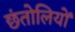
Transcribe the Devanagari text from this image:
छंतोलियों